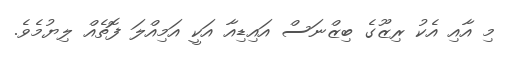
މި އާއި އެކު ރިޒޫގެ ބިޒްނަސް އައިޑިއާ އަކީ އަމިއްލަ ފޮތެއް ލިޔުމެވެ.